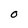
Character: 0